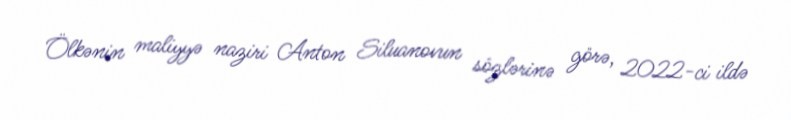
Ölkənin maliyyə naziri Anton Siluanovun sözlərinə görə, 2022-ci ildə